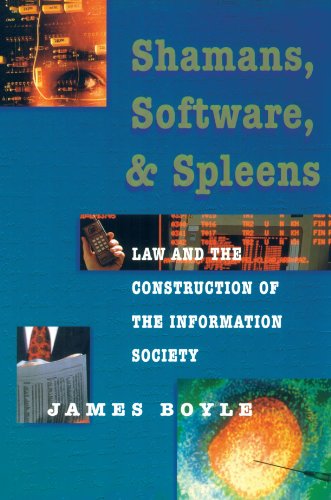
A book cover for Shamans, Software and Spleens : Law and the Construction of the Information Society; James Boyle; Law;